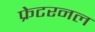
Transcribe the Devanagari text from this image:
फ्रेटरनल